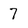
Character: 7